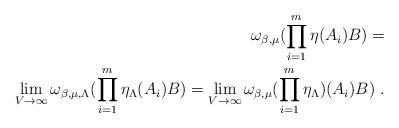
LaTeX: \begin{align*}\omega_{\beta,\mu}(\prod_{i=1}^{m} \eta(A_{i}) B) = \\\lim_{V \to \infty} \omega_{\beta,\mu,\Lambda}(\prod_{i=1}^{m}\eta_{\Lambda}(A_{i}) B)=\lim_{V \to \infty} \omega_{\beta,\mu}(\prod_{i=1}^{m} \eta_{\Lambda})(A_{i}) B)\ .\end{align*}